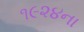
૧૯૨૪ના